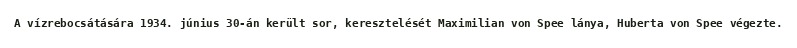
A vízrebocsátására 1934. június 30-án került sor, keresztelését Maximilian von Spee lánya, Huberta von Spee végezte.